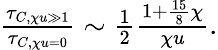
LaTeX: \begin{array}{r}{\frac{\tau_{C,\chi u\gg 1}}{\tau_{C,\chi u=0}}\sim\frac{1}{2}\frac{1+\frac{15}{8}\chi}{\chi u}.}\end{array}